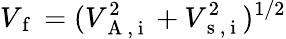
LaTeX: V_{\mathrm{~f~}}=(V_{\mathrm{~A~,~i~}}^{2}+V_{\mathrm{~s~,~i~}}^{2})^{1/2}